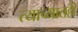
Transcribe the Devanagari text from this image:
त्याच्यातही